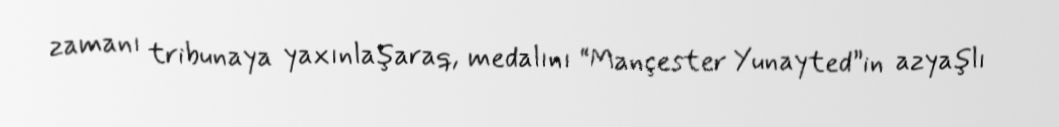
zamanı tribunaya yaxınlaşaraq, medalını “Mançester Yunayted”in azyaşlı